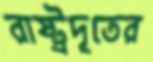
রাষ্ট্রদূতের